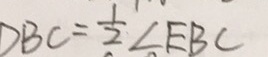
D B C = \frac { 1 } { 2 } \angle E B C